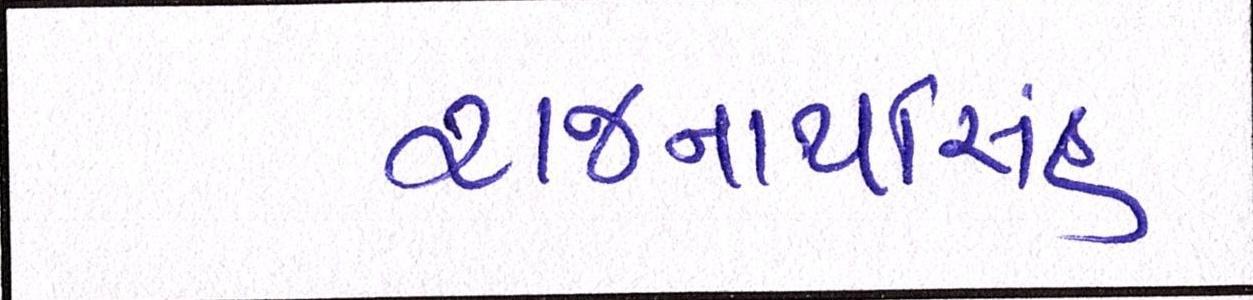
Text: રાજનાથસિંહ